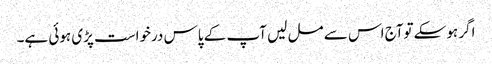
اگر ہوسکے توآج اس سے مل لیں آپ کے پاس درخواست پڑی ہوئی ہے۔